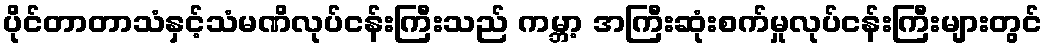
ပိုင်တာတာသံနှင့်သံမဏိလုပ်ငန်းကြီးသည် ကမ္ဘာ့ အကြီးဆုံးစက်မှုလုပ်ငန်းကြီးများတွင်